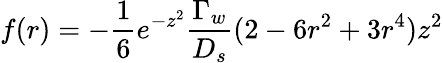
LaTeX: f(r)=-\frac{1}{6}e^{-z^{2}}\frac{\Gamma_{w}}{D_{s}}(2-6r^{2}+3r^{4})z^{2}